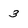
Character: 3